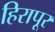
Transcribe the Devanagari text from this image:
हिरापूर